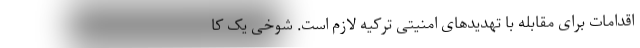
اقدامات برای مقابله با تهدیدهای امنیتی ترکیه لازم است. شوخی یک کا